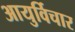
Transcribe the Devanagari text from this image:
आयुर्विचार